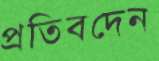
প্রতিবদেন